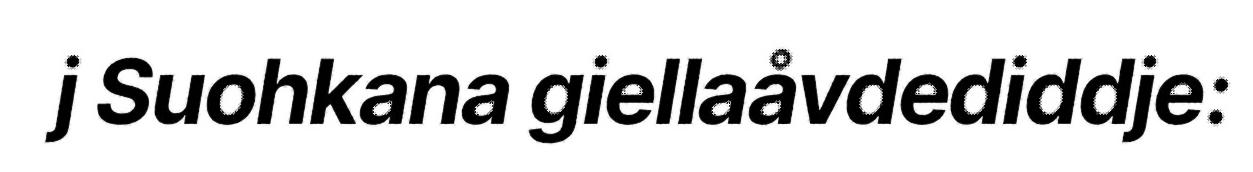
j Suohkana giellaåvdediddje: